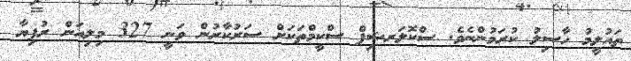
ތައުލީމު ހާސިލު ކުރަމުންނެވެ. ސްކޮލަރޝިޕް ސްކީމްތަކަށް ސަރުކާރުން ވަނީ 327 މިލިއަން ރުފިޔާ